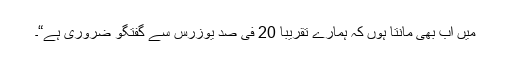
میں اب بھی مانتا ہوں کہ ہمارے تقریباً 20 فی صد یوزرس سے گفتگو ضروری ہے“۔